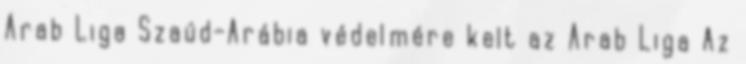
Arab Liga Szaúd-Arábia védelmére kelt az Arab Liga Az